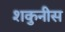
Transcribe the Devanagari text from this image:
शकुनीस